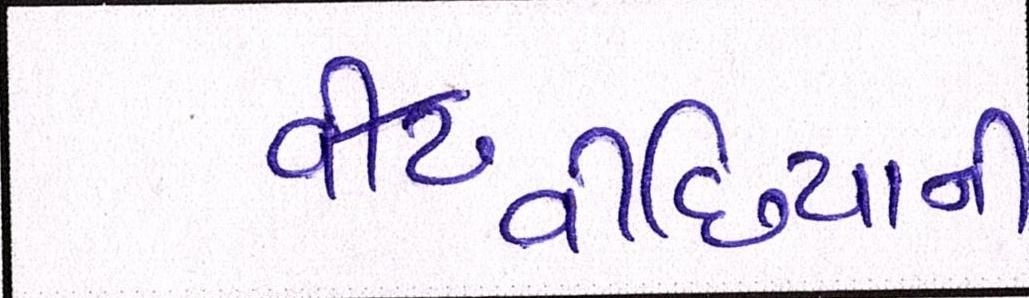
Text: વીંછિયાની